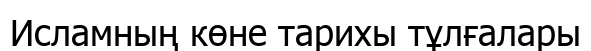
Исламның көне тарихы тұлғалары